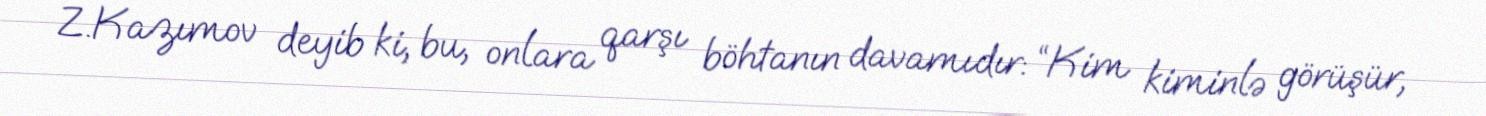
Z.Kazımov deyib ki, bu, onlara qarşı böhtanın davamıdır: “Kim kiminlə görüşür,